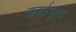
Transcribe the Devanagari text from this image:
कार्यमुक्‍त